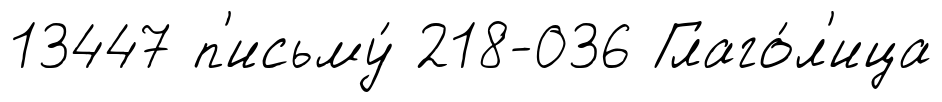
13447 п'исьму́ 218-036 Глаго́л'ица